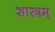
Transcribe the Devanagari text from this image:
शास्त्रम्